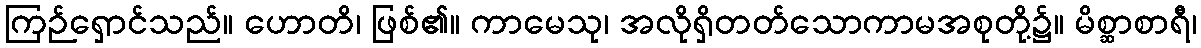
ကြဉ်ရှောင်သည်။ ဟောတိ၊ ဖြစ်၏။ ကာမေသု၊ အလိုရှိတတ်သောကာမအစုတို့၌။ မိစ္ဆာစာရီ၊